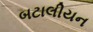
બટાલીયન